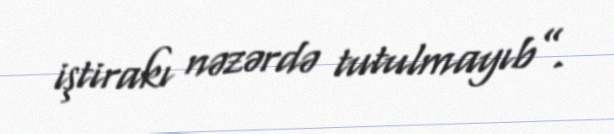
iştirakı nəzərdə tutulmayıb”.